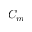
C _ { m }